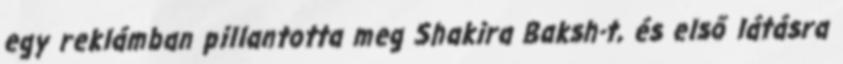
egy reklámban pillantotta meg Shakira Baksh-t, és első látásra